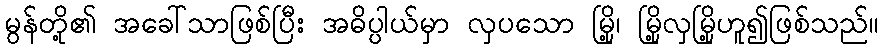
မွန်တို့၏ အခေါ်သာဖြစ်ပြီး အဓိပ္ပါယ်မှာ လှပသော မြို့၊ မြို့လှမြို့ဟူ၍ဖြစ်သည်။